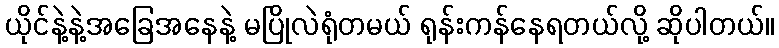
ယိုင်နဲ့နဲ့အခြေအနေနဲ့ မပြိုလဲရုံတမယ် ရုန်းကန်နေရတယ်လို့ ဆိုပါတယ်။